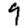
Digit: 9